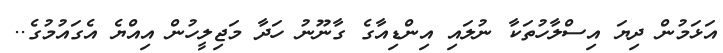
އަޅަމުން ދިޔަ އިސްލާހުތަކާ ނުލައި އިންޑިއާގެ ގާނޫނު ހަދާ މަޖިލީހުން އިއްޔެ އެގައުމުގެ..